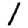
Digit: 1